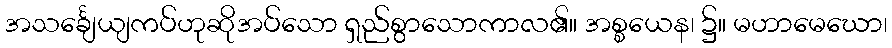
အသင်္ချေယျကပ်ဟုဆိုအပ်သော ရှည်စွာသောကာလ၏။ အစ္စယေန၊ ၌။ မဟာမေဃော၊